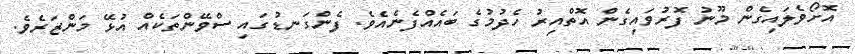
އޮށޯވެލައިގެން މޫނު ފޮރުވައިގެން އޮތްއިރު ހެދުމުގެ ބައެއްފެނެއެވެ. ފެންގަނޑުގައި ސްވޭންތަކެއް އުޅޭ މަންޒަރެވެ.